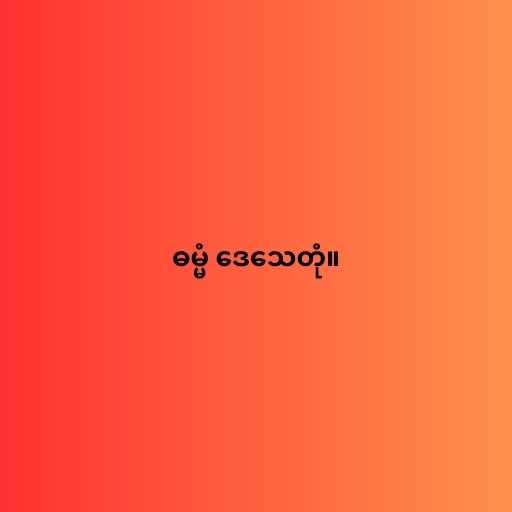
ဓမ္မံ ဒေသေတုံ။